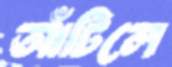
আঁটিলে